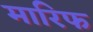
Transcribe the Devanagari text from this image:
मारिफ